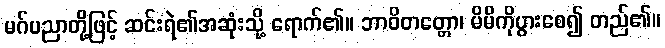
မဂ်ပညာတို့ဖြင့် ဆင်းရဲ၏အဆုံးသို့ ရောက်၏။ ဘာဝိတတ္တော၊ မိမိကိုပွားစေ၍ တည်၏။